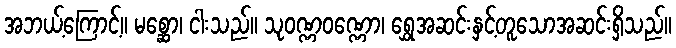
အဘယ့်ကြောင့်။ မစ္ဆော၊ ငါးသည်။ သုဝဏ္ဏဝဏ္ဏော၊ ရွှေအဆင်းနှင့်တူသောအဆင်းရှိသည်။